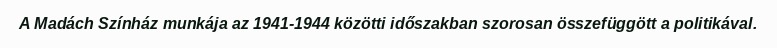
A Madách Színház munkája az 1941-1944 közötti időszakban szorosan összefüggött a politikával.